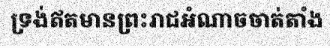
ទ្រង់ឥតមានព្រះរាជអំណាចចាត់តាំង